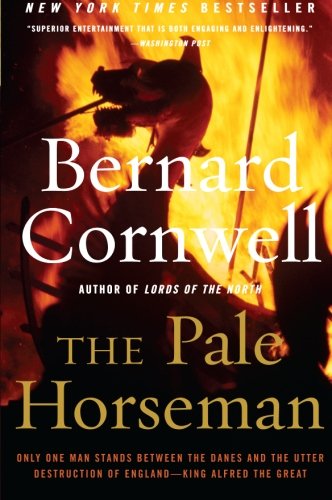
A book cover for The Pale Horseman (The Saxon Chronicles Series #2); Bernard Cornwell; Literature & Fiction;